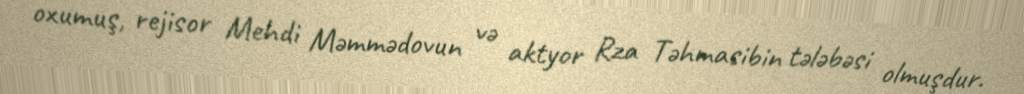
oxumuş, rejisor Mehdi Məmmədovun və aktyor Rza Təhmasibin tələbəsi olmuşdur.